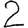
Digit: 2